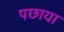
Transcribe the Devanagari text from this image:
पछाया